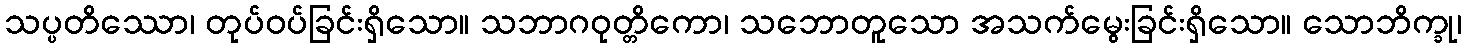
သပ္ပတိဿော၊ တုပ်ဝပ်ခြင်းရှိသော။ သဘာဂဝုတ္တိကော၊ သဘောတူသော အသက်မွေးခြင်းရှိသော။ သောဘိက္ခု၊